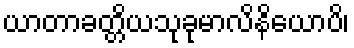
ယာတာခတ္တိယသုခုမာလိနိယောပိ၊